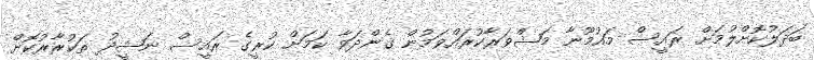
ބަދަލުކޮށްލުމަށް ރައީސް މައުމޫނާ މަޝްވަރާކުރައްވަމުން ގެންދަވާ ކަމަށް ކުރީގެ ރައީސް ނަޝީދު ތަކުރާރުކޮށް